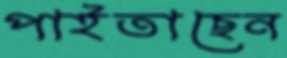
পাইতাছেন